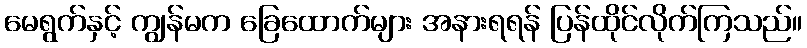
မေရွက်နှင့် ကျွန်မက ခြေထောက်များ အနားရရန် ပြန်ထိုင်လိုက်ကြသည်။